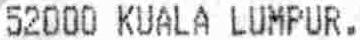
52000 KUALA LUMPUR.